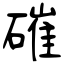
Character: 磪